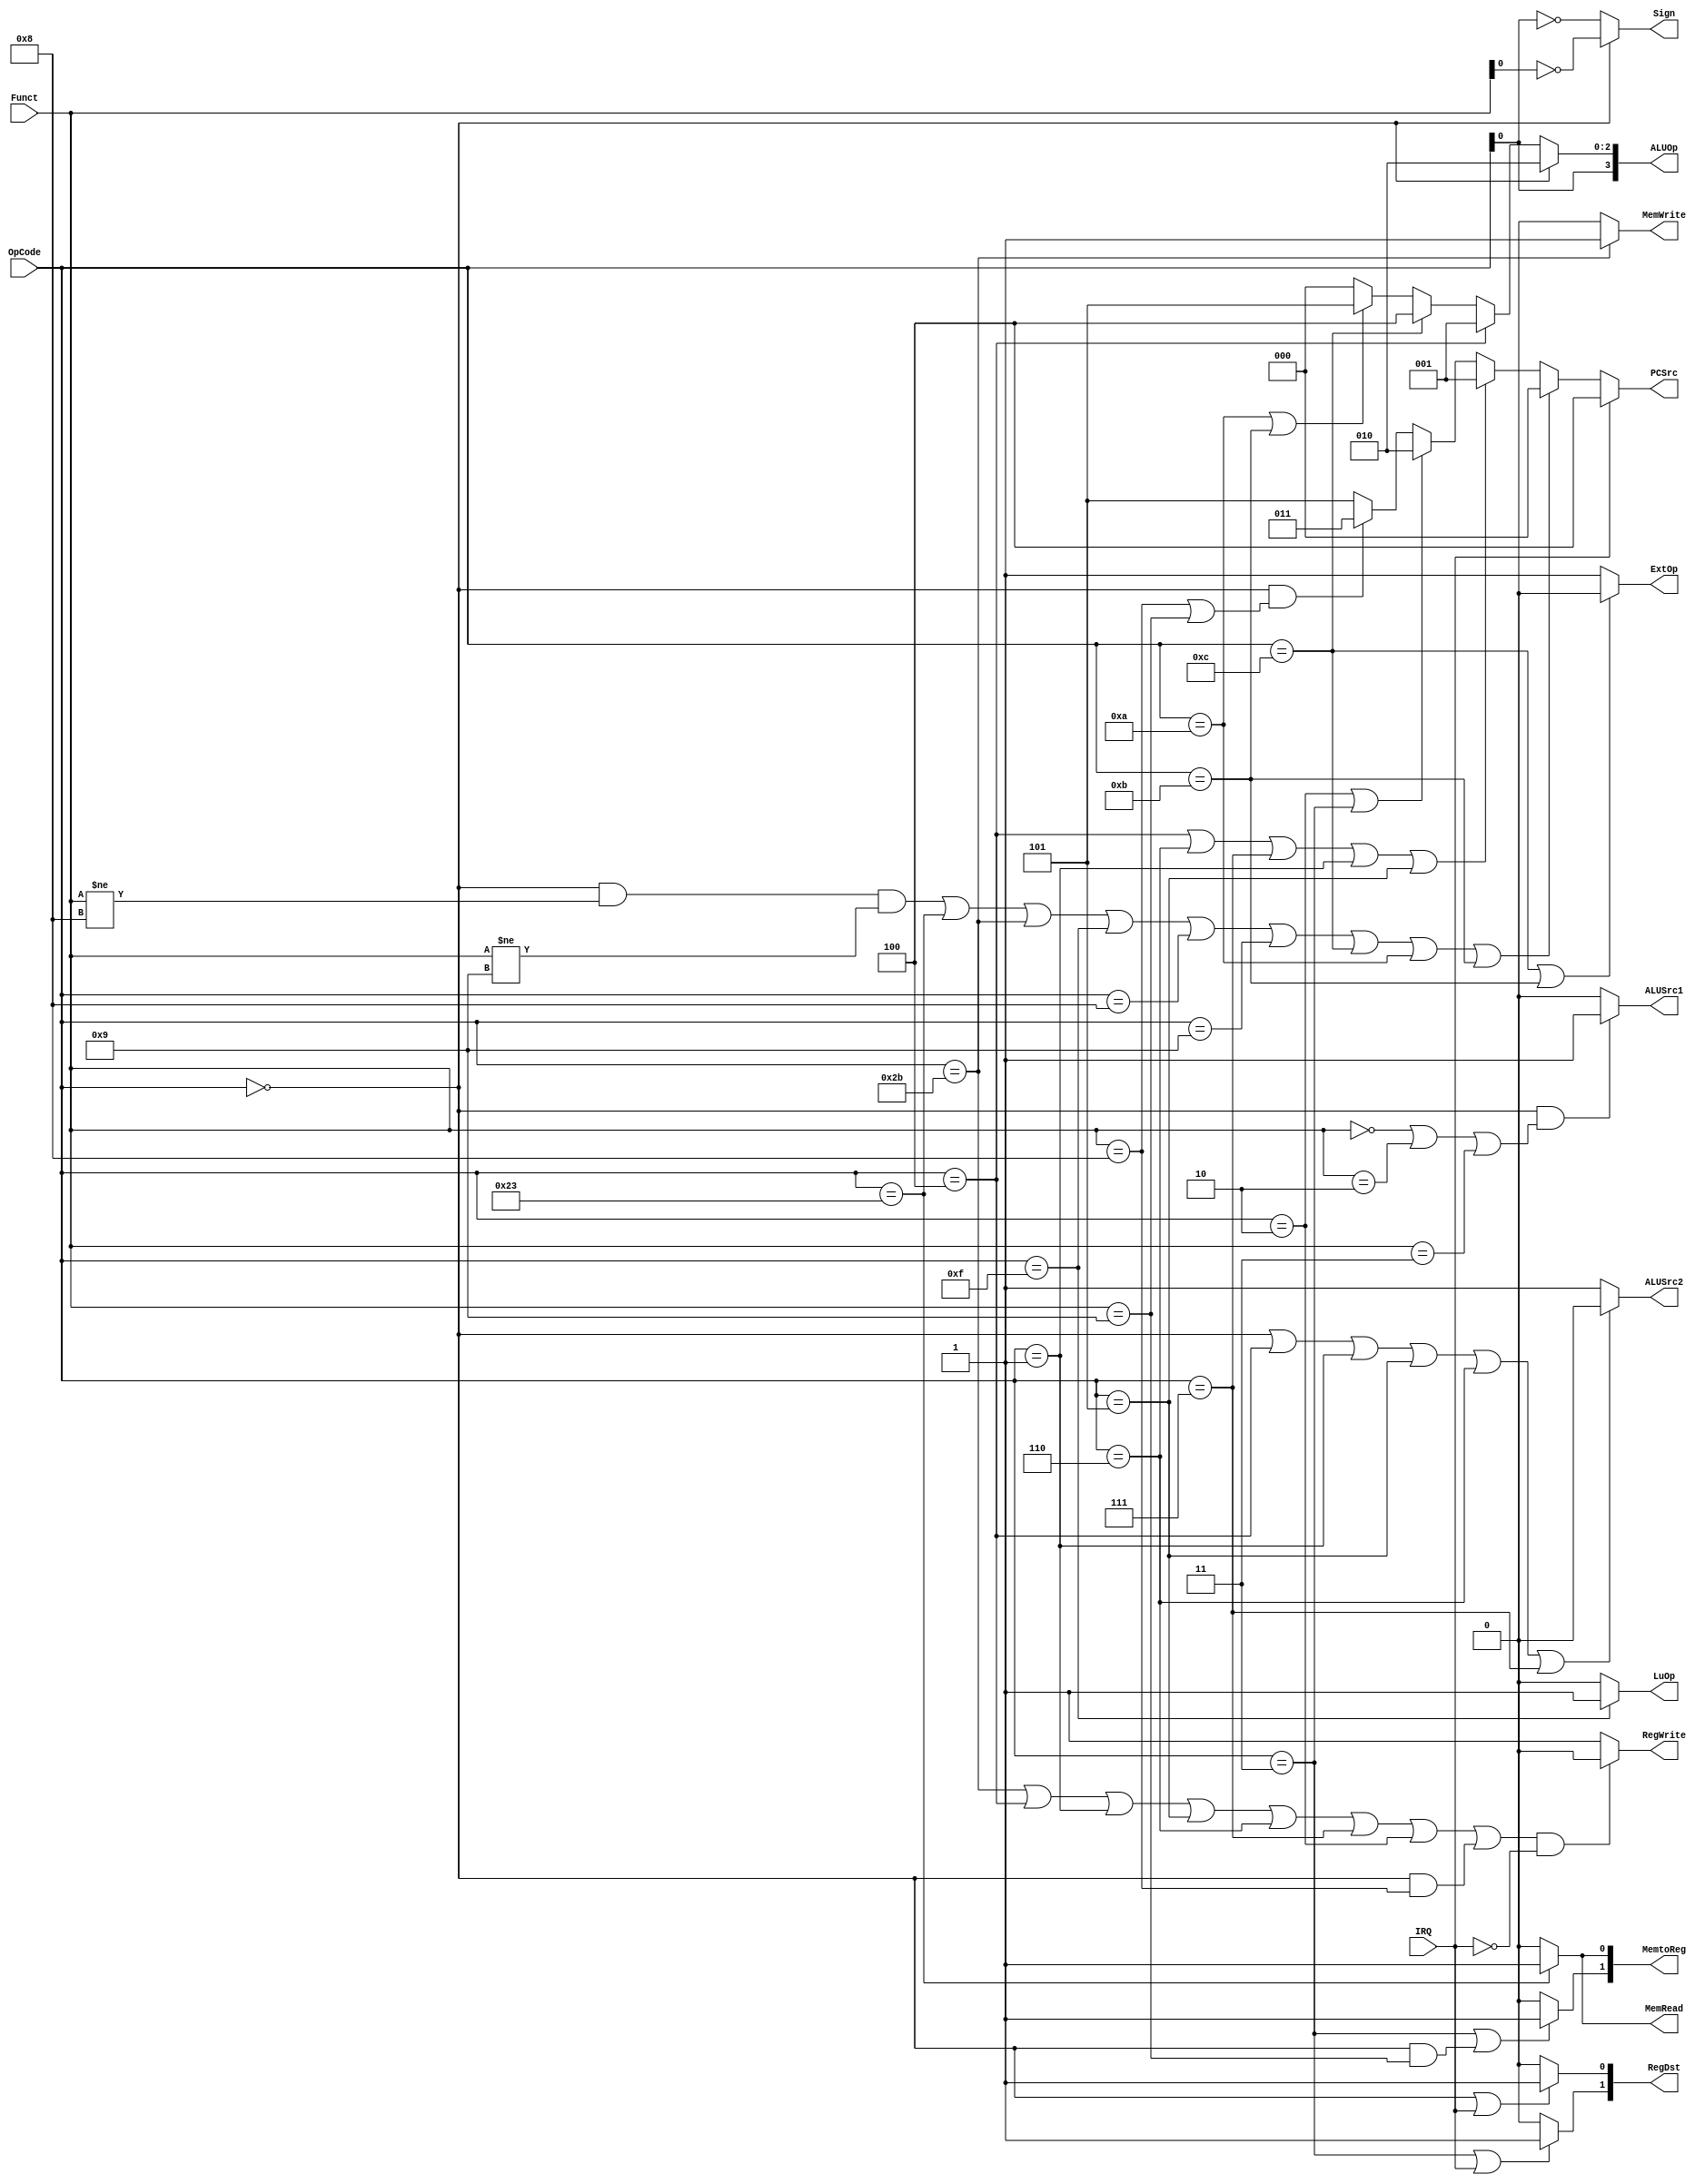

module Control(IRQ, OpCode, Funct,
	PCSrc, RegWrite, RegDst, 
	MemRead, MemWrite, MemtoReg, 
	ALUSrc1, ALUSrc2, ExtOp, LuOp, ALUOp,Sign);
	input IRQ;
	input [5:0] OpCode;
	input [5:0] Funct;
	output [2:0] PCSrc;
	output RegWrite;
	output [1:0] RegDst;
	output MemRead;
	output MemWrite;
	output [1:0] MemtoReg;
	output ALUSrc1;
	output ALUSrc2;
	output ExtOp;
	output LuOp;
	output [3:0] ALUOp;
	output Sign;
	
	// Your code below

    assign PCSrc=
	   IRQ?3'b100:
	   ((OpCode==6'h00 && Funct!=6'h08 && Funct!=6'h09) || OpCode==6'h23 || OpCode==6'h2b || OpCode==6'h0f || OpCode==6'h08 || OpCode==6'h09 || OpCode==6'h0c || OpCode==6'h0a || OpCode==6'h0b)?3'b000:
	   (OpCode==6'h04 || OpCode==6'h06 || OpCode==6'h07 || OpCode==6'h01 || OpCode==6'h05)?3'b001:
	   (OpCode==6'h02 || OpCode==6'h03)?3'b010:
	   (OpCode==6'h00 && (Funct==6'h08 || Funct==6'h09))?3'b011:
	   3'b101;
	assign RegWrite = ( ( (OpCode == 6'h2b) || ( OpCode == 6'h04 ) || (OpCode == 6'h01) || (OpCode == 6'h05)|| (OpCode == 6'h06)|| (OpCode == 6'h07) || (OpCode == 6'h02) || ((OpCode == 6'h00) && (Funct == 6'h08))) && (~IRQ) ) ?0:1; 
	assign RegDst[1] = ( (OpCode == 6'h03) || IRQ) ?1:0; 
	assign RegDst[0] = ( (OpCode == 6'h00) || IRQ) ?1:0; 
	assign MemRead = ( OpCode == 6'h23) ?1:0; 
	assign MemWrite = ( OpCode == 6'h2b) ?1:0; 
	assign MemtoReg[1] = (( OpCode == 6'h03) || (( OpCode == 6'h00) && (Funct == 6'h09))) ?1:0; 
	assign MemtoReg[0] = ( OpCode == 6'h23) ?1:0; 
	assign ALUSrc1 = (( OpCode == 6'h00) && (( Funct ==6'h00) || (Funct == 6'h02) || (Funct == 6'h03))) ?1:0; 
	assign ALUSrc2 = (( OpCode == 6'h00) || ( OpCode == 6'h04 ) || (OpCode == 6'h01) || (OpCode == 6'h05)|| (OpCode == 6'h06)|| (OpCode == 6'h07)) ?0:1; 
	assign ExtOp = (( OpCode == 6'h0c) || ( OpCode == 6'h0b )) ?0:1; 
	assign LuOp = ( OpCode == 6'h0f) ?1:0; 
	assign Sign = (OpCode == 6'h00) ?~Funct[0]:~OpCode[0];
	
	// Your code above
	
	assign ALUOp[2:0] = 
		(OpCode == 6'h00)? 3'b010: 
		(OpCode == 6'h04)? 3'b001: 
		(OpCode == 6'h0c)? 3'b100: 
		(OpCode == 6'h0a || OpCode == 6'h0b)? 3'b101: 
		3'b000;
		
	assign ALUOp[3] = OpCode[0];
	
endmodule